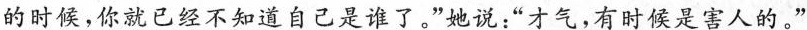
的时候，你就已经不知道自己是谁了。”她说：”才气，有时候是害人的。”